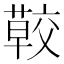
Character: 𦺏